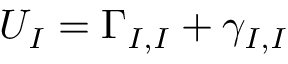
U _ { I } = \Gamma _ { I , I } + \gamma _ { I , I }